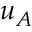
u _ { A }